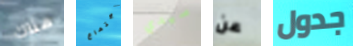
هناك إجتماع سيدي عن جدول